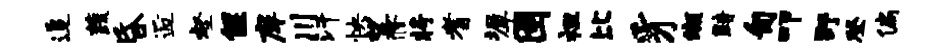
追蔬昏逅壑偃庠川汗怏望修将耆墀圉袒比豸缬黯匍叩野登偏